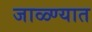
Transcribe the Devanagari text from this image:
जाळ्ण्यात